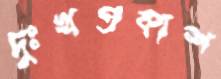
দুঃখপ্রকাশ